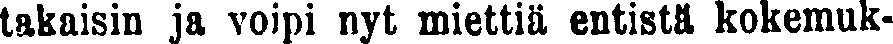
takaisin ja voipi nyt miettiä entistä kokemuk-